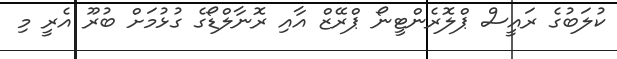
ކުލަބުގެ ރައީސް ޕްލޮރެންޓީނޯ ޕްރޭޒް އާއި ރޮނާލްޑޯގެ ގުޅުމަށް ބުރޫ އެރީ މި